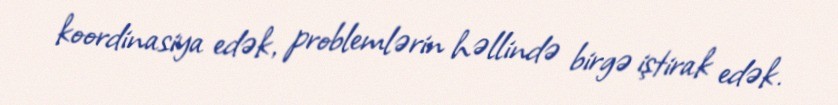
koordinasiya edək, problemlərin həllində birgə iştirak edək.